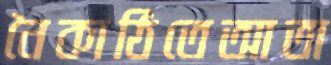
নৈকাঠিতেআতা